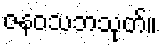
ဇနဝသဘသုတ်။